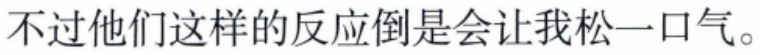
不过他们这样的反应倒是会让我松一口气。